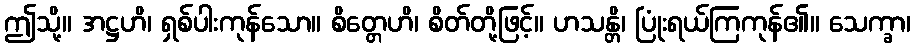
ဤသို့။ အဋ္ဌဟိ၊ ရှစ်ပါးကုန်သော။ စိတ္တေဟိ၊ စိတ်တို့ဖြင့်။ ဟသန္တိ၊ ပြုံးရယ်ကြကုန်၏။ သေက္ခာ၊